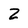
Character: Z